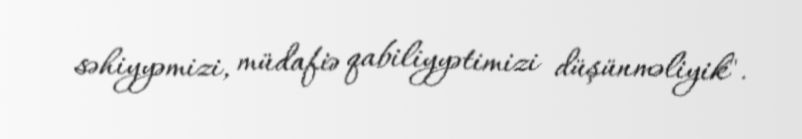
səhiyyəmizi, müdafiə qabiliyyətimizi düşünməliyik".